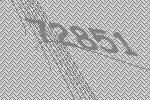
72851